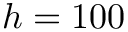
h = 1 0 0